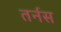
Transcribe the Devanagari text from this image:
तर्नस